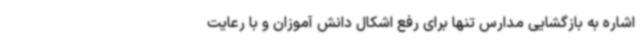
اشاره به بازگشایی مدارس تنها برای رفع اشکال دانش آموزان و با رعایت